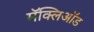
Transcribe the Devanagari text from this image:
मॅक्लिऑड